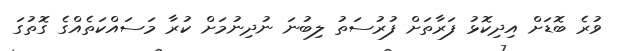
ވުރެ ބޮޑަށް އިދިކޮޅު ފަރާތަށް ފުރުސަތު ލިބުނަ ނުދިނުމަށް ކުރާ މަސައްކަތެއްގެ ގޮތުގަ